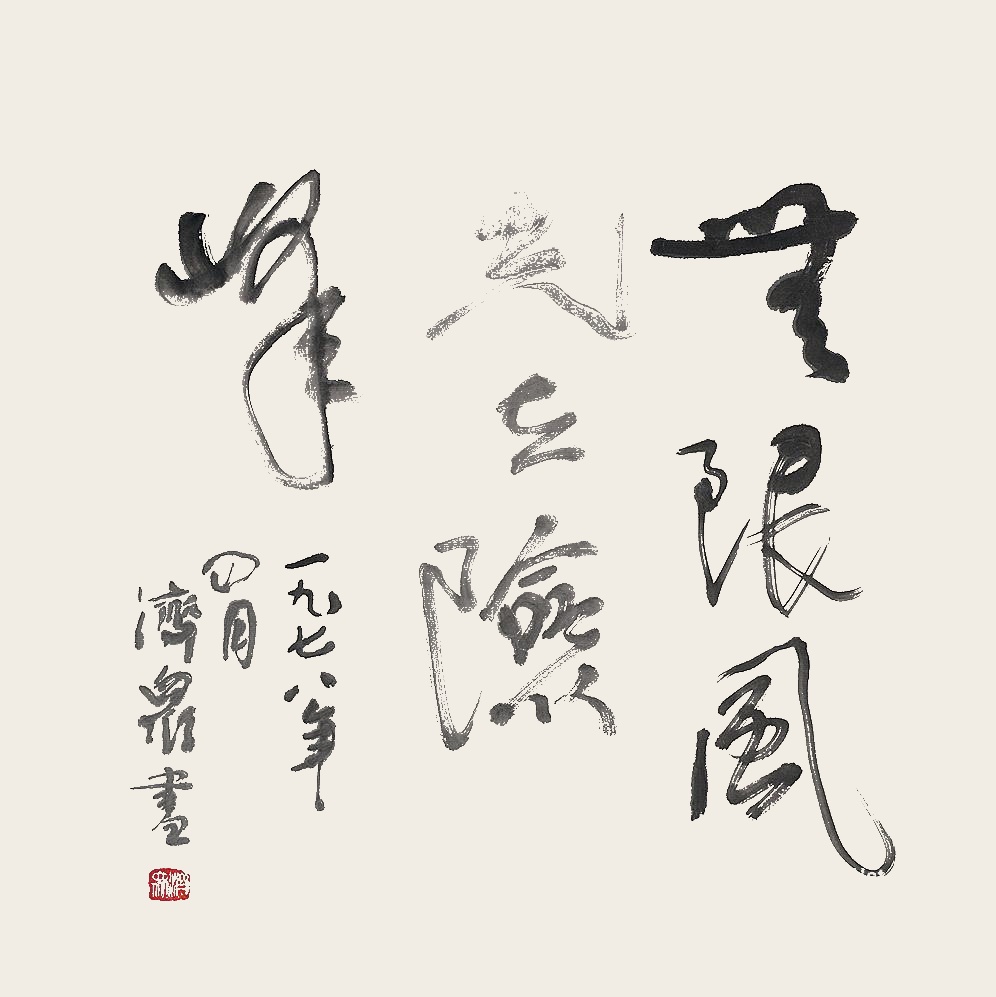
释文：无限风光在险峰。一九七八年四月，济众书。